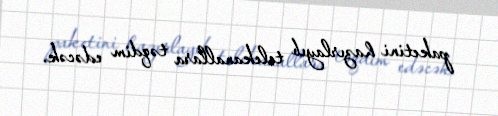
paketini hazırlayıb telekanallara təqdim edəcək.